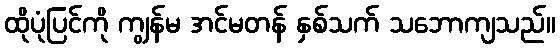
ထိုပုံပြင်ကို ကျွန်မ အင်မတန် နှစ်သက် သဘောကျသည်။